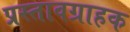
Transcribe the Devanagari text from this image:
प्रस्तावग्राहक